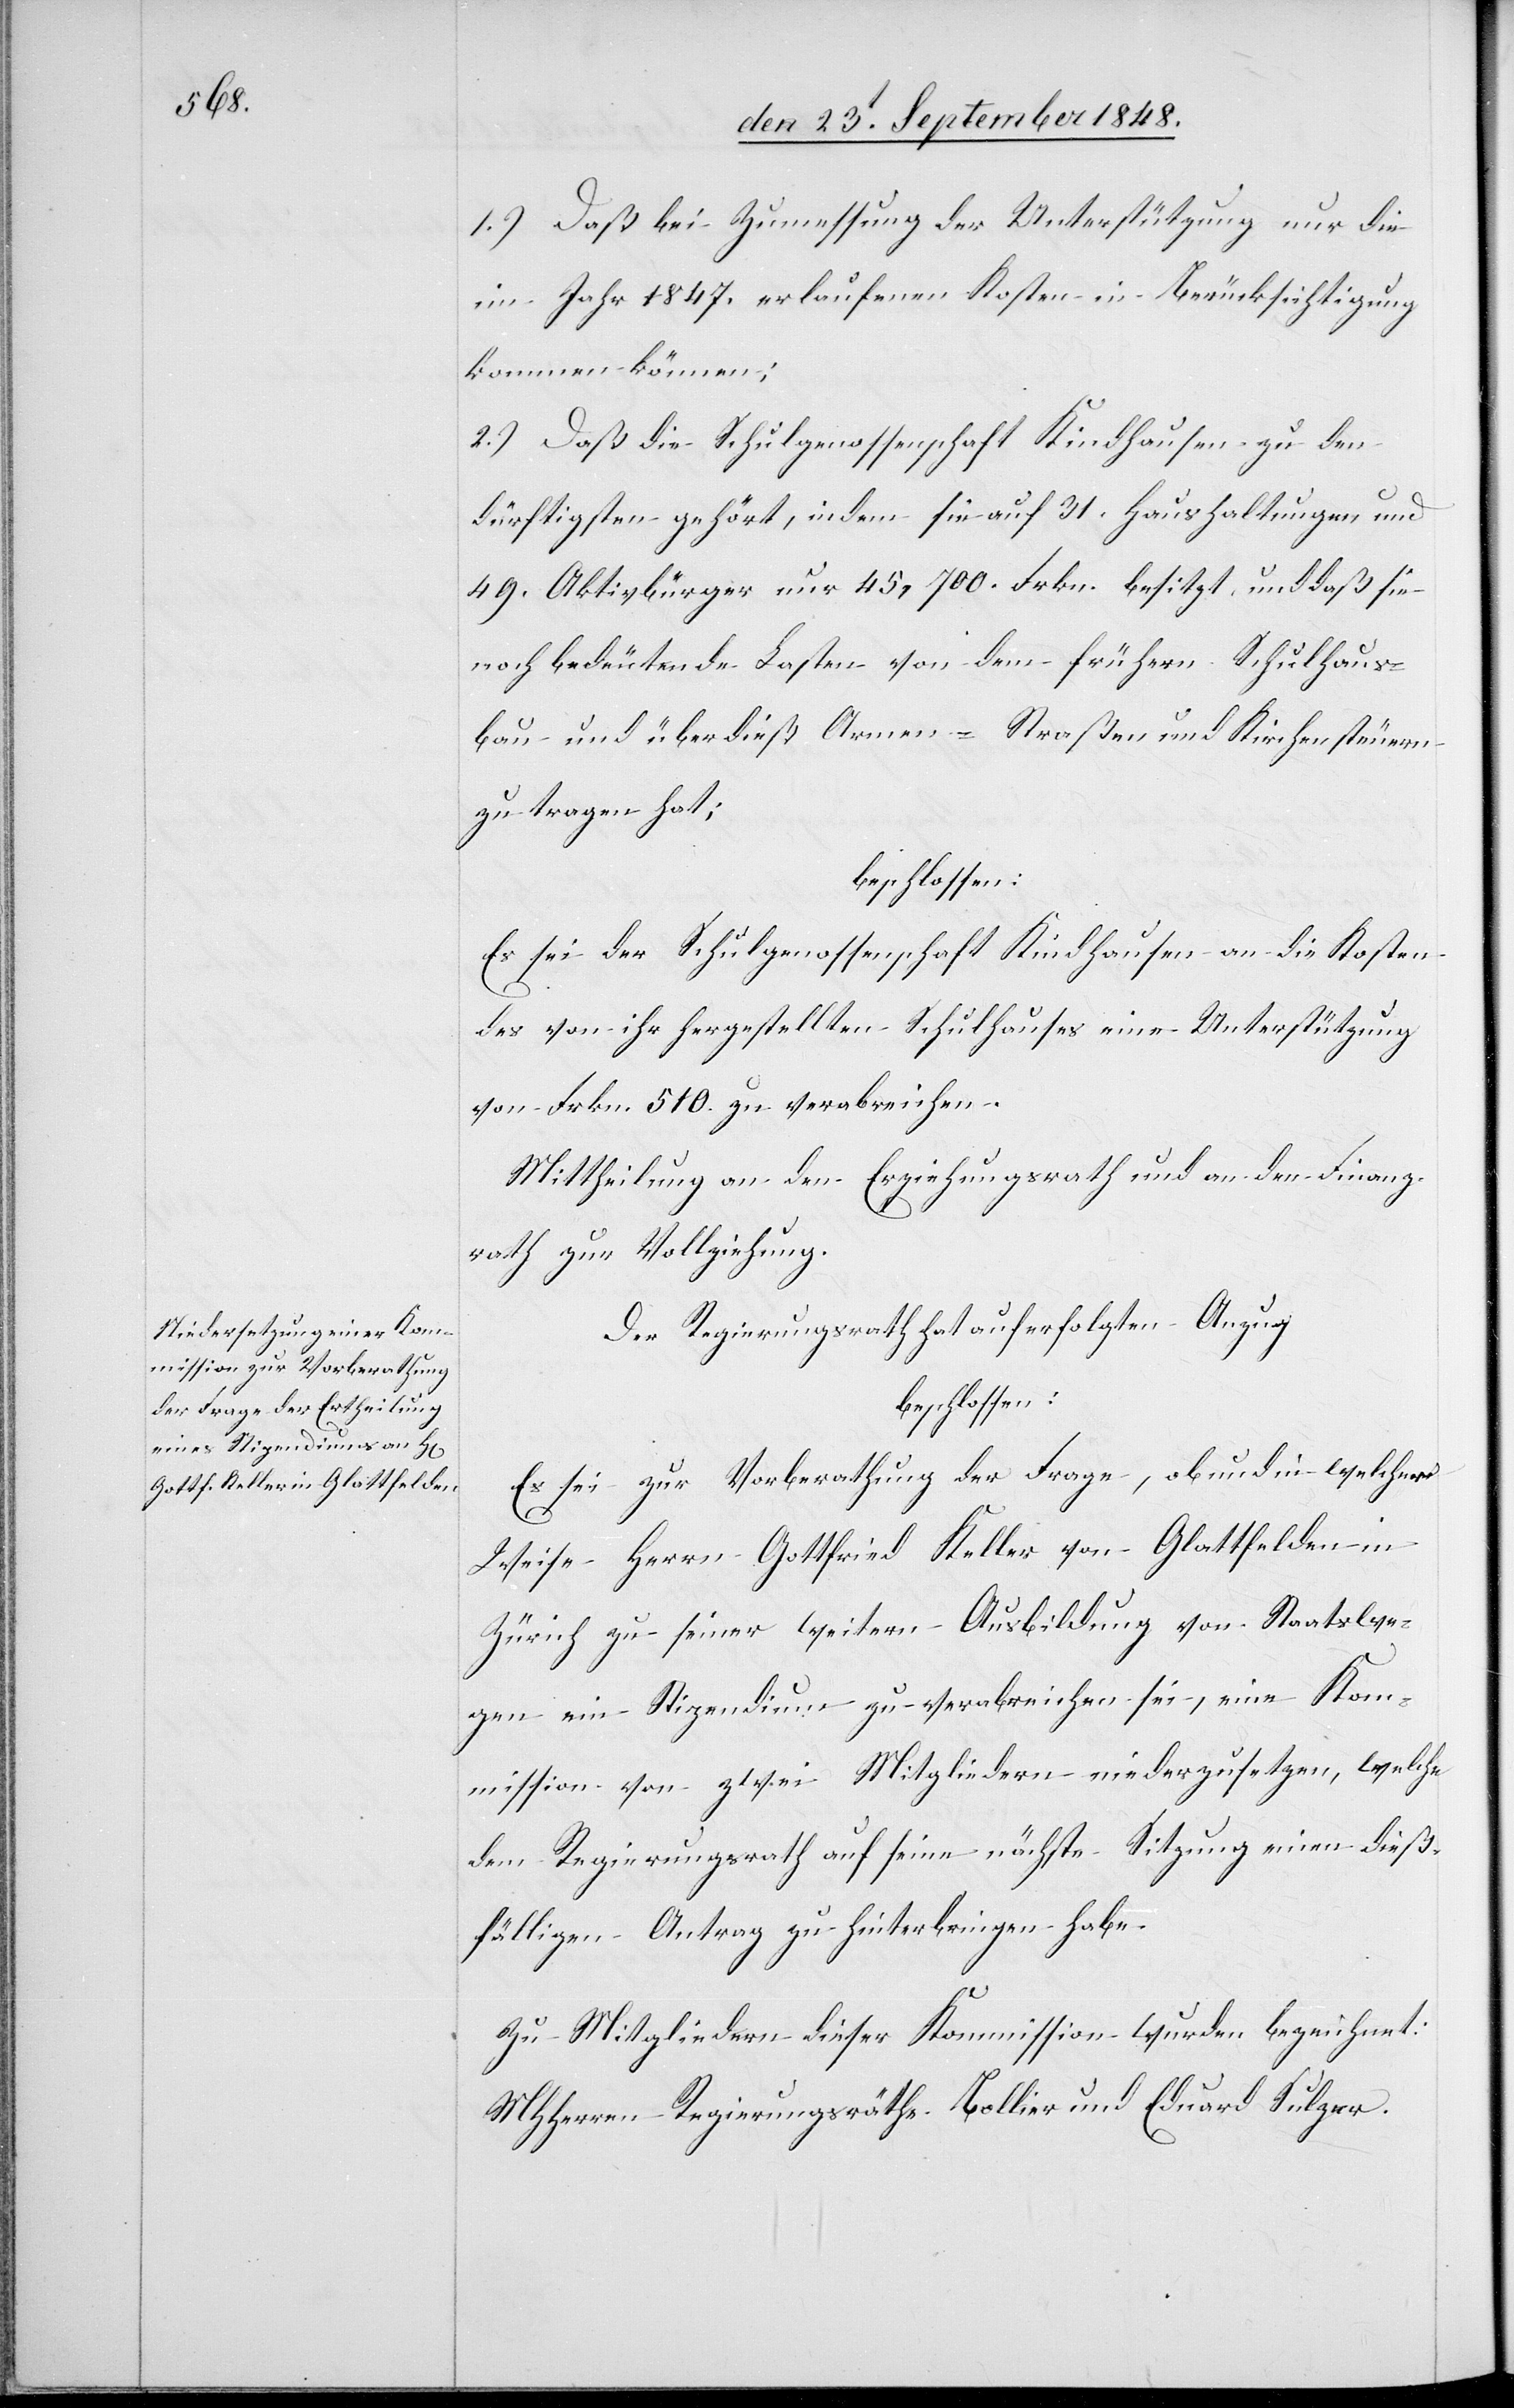
1.) Daß bei Zumessung der Unterstützung nur die
im Jahr 1847. erlaufenen Kosten in Berücksichtigung
kommen können;
2.) Daß die Schulgenossenschaft Kindhausen zu den
dürftigsten gehört, indem sie auf 31. Haushaltungen und
49. Aktivbürger nur 45,700. Frkn. besitzt und daß sie
noch bedeutende Lasten von dem frühern Schulhaus¬
bau und überdieß Armen- Straßen[-] und Kirchensteuern
zu tragen hat;
beschlossen:
Es sei der Schulgenossenschaft Kindhausen an die Kosten
des von ihr hergestellten Schulhauses eine Unterstützung
von Frkn. 510. zu verabreichen.
Mittheilung an den Erziehungsrath und an den Finanz¬
rath zur Vollziehung.
Der Regierungsrath hat auf erfolgten Anzug
beschlossen:
Es sei zur Vorberathung der Frage, ob und in welcher
Weise Herrn Gottfried Keller von Glattfelden in
Zürich zu seiner weitern Ausbildung von Staatswe¬
gen ein Stipendium zu verabreichen sei, eine Kom¬
mission von zwei Mitgliedern niederzusetzen, welche
dem Regierungsrath auf seine nächste Sitzung einen dieß¬
fälligen Antrag zu hinterbringen habe.
Zu Mitgliedern dieser Kommission wurden bezeichnet:
MHHerren Regierungsräthe Bollier und Eduard Sulzer.